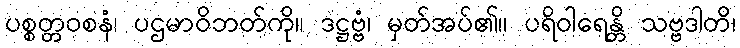
ပစ္စတ္တဝစနံ၊ ပဌမာဝိဘတ်ကို။ ဒဋ္ဌဗ္ဗံ၊ မှတ်အပ်၏။ ပရိဝါရေန္တိ သဗ္ဗဒါတိ၊